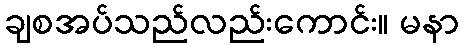
ချစအပ်သည်လည်းကောင်း။ မနာ